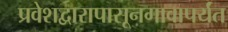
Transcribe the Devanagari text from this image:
प्रवेशद्वारापासूनगावापर्यंत